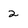
Character: 2